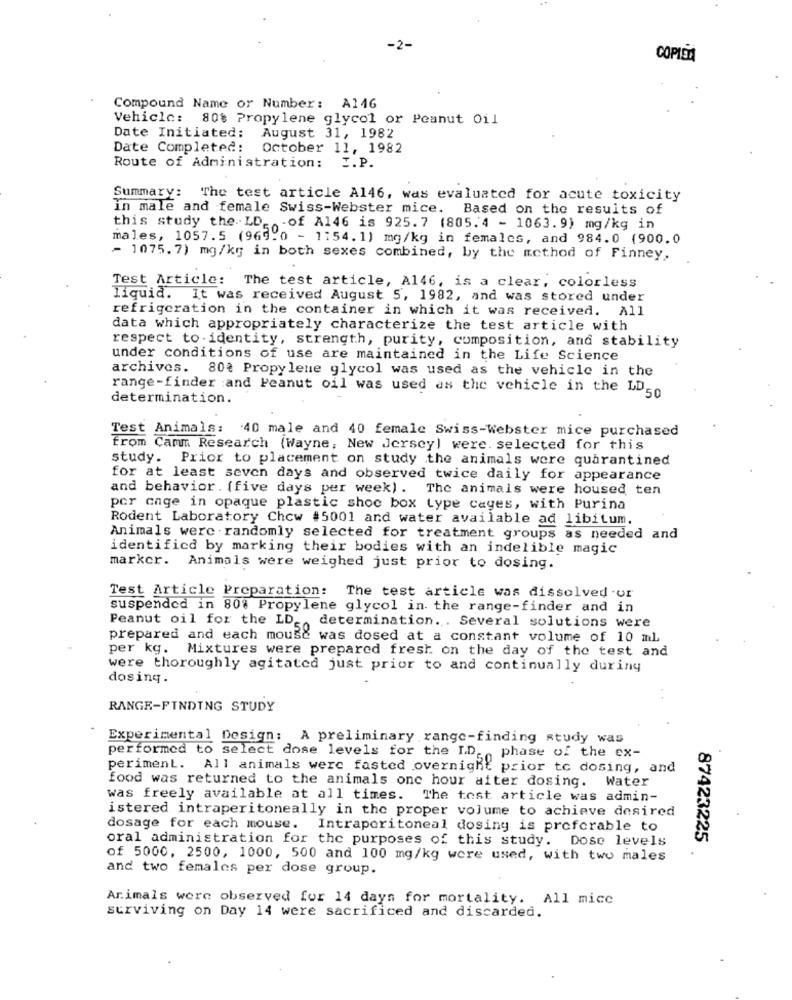
-2-
COPISA
Compound Name or Number: A146
Vehicle: 80% Propylene glycol or Peanut Oil
Date Initiated: August 31, 1982
Date Completed: October 11, 1982
Route of Administration: I.P.
Summary: The test article A146, was evaluated for acute toxicity
In male and female Swiss-Webster mice. Based on the results of
this study the LD ,,- of A146 is 925.7 (805.4 - 1063.9) mg/kg in
males, 1057.5 (969.0 - 1154.1) mg/kg in females, and 984.0 (900.0
- 1075. 7) mg/kg in both sexes combined, by the method of Finney.
Test Article: The test article, Al46, is a clear, colorless
liquid. It was received August 5, 1982, and was stored under
refrigeration in the container in which it was received. All
data which appropriately characterize the test article with
respect to identity, strength, purity, composition, and stability
under conditions of use are maintained in the Life Science
archives. 80? Propylene glycol was used as the vehicle in the
range -finder :and Peanut oil was used as the vehicle in the LDso
determination.
Test Animals: 40 male and 40 female Swiss-Webster mice purchased
from Camm Research (Wayne, New Jersey) were. selected for this
study. Prior to placement on study the animals were quarantined
for at least seven days and observed twice daily for appearance
and behavior . (five days per week) . The animals were housed ten
por cage in opaque plastic shoe box type cages, with Purina
Rodent Laboratory Chew #5001 and water available ad libitum.
Animals werc . randomly selected for treatment groups as needed and
identified by marking their bodies with an indelible magic
marker. Animals were weighed just prior to dosing.
Test Article Preparation: The test article was dissolved or
suspended in 80% Propylene glycol in the range-finder and in
Peanut oil for the LD, determination .. Several solutions were
prepared and each mouse was dosed at a constant volume of 10 ml
per kg. Mixtures were prepared fresh on the day of the test and
were thoroughly agitated just prior to and continually during
dosing.
RANGE-FINDING STUDY
Experimental Design: A preliminary range-finding study was
performed to select dose levels for the ID, phase of the ex-
periment. All animals werc fasted overnight prior to dosing, and
food was returned to the animals one hour after dosing. Water
was freely available at all times. The tost article was admin-
istered intraperitoneally in the proper volume to achieve desired
dosage for each mouse. Intraperitoneal dosing is preferable to
oral administration for the purposes of this study. Dose levels
87423225
of 5000, 2500, 1000, 500 and 100 mg/kg were used, with two males
and two females per dose group.
Animals were observed for 14 days for mortality. All mice
surviving on Day 14 were sacrificed and discarded.